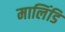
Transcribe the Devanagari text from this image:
मालिंडि